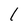
Character: 1